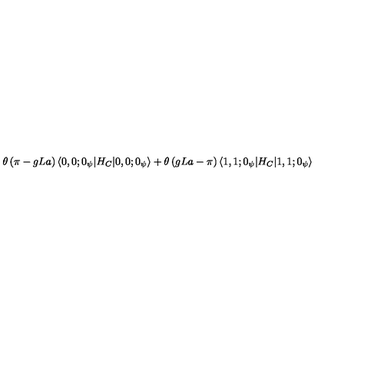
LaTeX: \theta \left( \pi - g L a \right) \langle 0 , 0 ; 0 _ { \psi } | H _ { C } | 0 , 0 ; 0 _ { \psi } \rangle + \theta \left( g L a - \pi \right) \langle 1 , 1 ; 0 _ { \psi } | H _ { C } | 1 , 1 ; 0 _ { \psi } \rangle